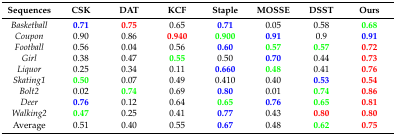
<table><thead><tr><td><b>Sequences</b></td><td><b>CSK</b></td><td><b>DAT</b></td><td><b>KCF</b></td><td><b>Staple</b></td><td><b>MOSSE</b></td><td><b>DSST</b></td><td><b>Ours</b></td></tr></thead><tbody><tr><td><i>Basketball</i></td><td><b>0.71</b></td><td><b>0.75</b></td><td>0.65</td><td><b>0.71</b></td><td>0.05</td><td>0.58</td><td><b>0.68</b></td></tr><tr><td><i>Coupon</i></td><td>0.90</td><td>0.86</td><td><b>0.940</b></td><td><b>0.900</b></td><td><b>0.91</b></td><td>0.9</td><td><b>0.91</b></td></tr><tr><td><i>Football</i></td><td>0.56</td><td>0.04</td><td>0.56</td><td><b>0.60</b></td><td><b>0.57</b></td><td><b>0.57</b></td><td><b>0.72</b></td></tr><tr><td><i>Girl</i></td><td>0.38</td><td>0.47</td><td><b>0.55</b></td><td>0.50</td><td><b>0.70</b></td><td>0.44</td><td><b>0.73</b></td></tr><tr><td><i>Liquor</i></td><td>0.25</td><td>0.34</td><td>0.11</td><td><b>0.660</b></td><td><b>0.48</b></td><td>0.41</td><td><b>0.76</b></td></tr><tr><td><i>Skating1</i></td><td><b>0.50</b></td><td>0.07</td><td>0.49</td><td>0.410</td><td>0.40</td><td><b>0.53</b></td><td><b>0.54</b></td></tr><tr><td><i>Bolt2</i></td><td>0.02</td><td><b>0.74</b></td><td>0.69</td><td><b>0.80</b></td><td>0.01</td><td><b>0.74</b></td><td><b>0.86</b></td></tr><tr><td><i>Deer</i></td><td><b>0.76</b></td><td>0.12</td><td>0.64</td><td><b>0.65</b></td><td><b>0.76</b></td><td><b>0.65</b></td><td><b>0.81</b></td></tr><tr><td><i>Walking2</i></td><td><b>0.47</b></td><td>0.25</td><td>0.41</td><td><b>0.77</b></td><td>0.43</td><td><b>0.80</b></td><td><b>0.80</b></td></tr><tr><td>Average</td><td>0.51</td><td>0.40</td><td>0.55</td><td>0.67</td><td>0.48</td><td>0.62</td><td>0.75</td></tr></tbody></table>